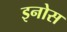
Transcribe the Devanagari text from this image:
इनोस